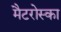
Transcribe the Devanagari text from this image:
मैटरोस्का